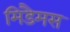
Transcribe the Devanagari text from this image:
मिडैमस